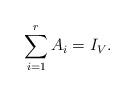
LaTeX: \begin{align*}\sum_{i=1}^{r} A_i=I_V.\end{align*}